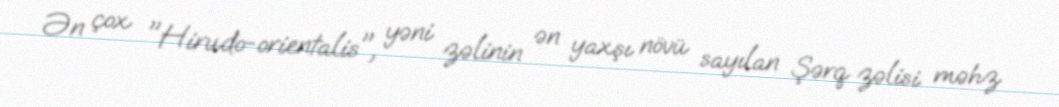
Ən çox "Hirudo-orientalis", yəni zəlinin ən yaxşı növü sayılan Şərq zəlisi məhz